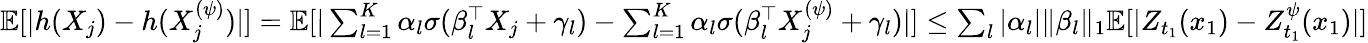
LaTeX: \begin{array}{r}{\mathbb{E}[|h(X_{j})-h(X_{j}^{(\psi)})|]=\mathbb{E}[|\sum_{l=1}^{K}\alpha_{l}\sigma(\beta_{l}^{\top}X_{j}+\gamma_{l})-\sum_{l=1}^{K}\alpha_{l}\sigma(\beta_{l}^{\top}X_{j}^{(\psi)}+\gamma_{l})|]\leq\sum_{l}|\alpha_{l}|\| \beta_{l}\| _{1}\mathbb{E}[|Z_{t_{1}}(x_{1})-Z_{t_{1}}^{\psi}(x_{1})|]}\end{array}